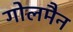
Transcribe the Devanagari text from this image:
गोलमैन